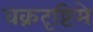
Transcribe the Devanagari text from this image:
वक्रदृष्टिमे